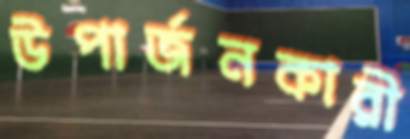
উপার্জনকারী